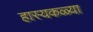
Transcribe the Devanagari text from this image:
हास्यकळ्या